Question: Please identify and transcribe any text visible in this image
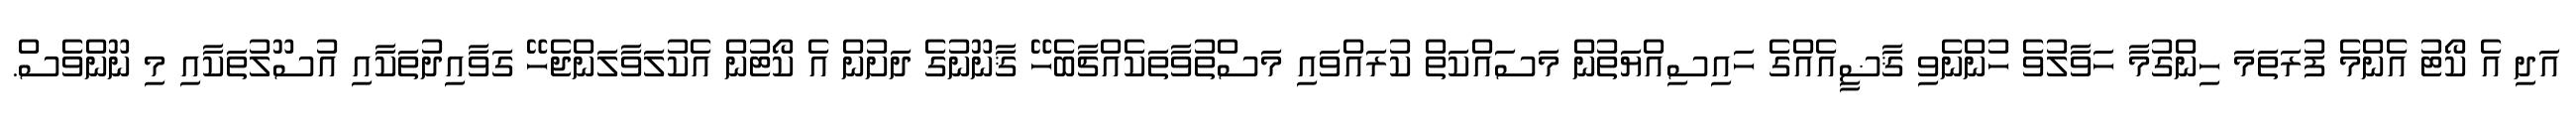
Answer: އަދި އެ ކޯޓު އެންމެ ފުރަތަމަ ހިންގުމާ ހަވާލުވެ ހުންނެވި ޤާޟީއެއްގެ ހައިސިއްޔަތުން މަސައްކަތް ކުރައްވައި މަސްތުވާތަކެއްޗާބެހޭ ޤާނޫނުގެ ދަށުން އެ ކޯޓުން އެކުލަވާލަންޖެހޭ ގަވާއިދުތަކާއި އުސޫލުތަކާއި މި ނޫންވެސް.